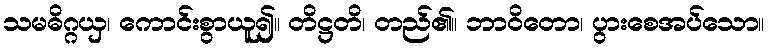
သမဓိဂ္ဂယှ၊ ကောင်းစွာယူ၍။ တိဋ္ဌတိ၊ တည်၏။ ဘာဝိတော၊ ပွားစေအပ်သော။